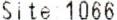
SITE 1066